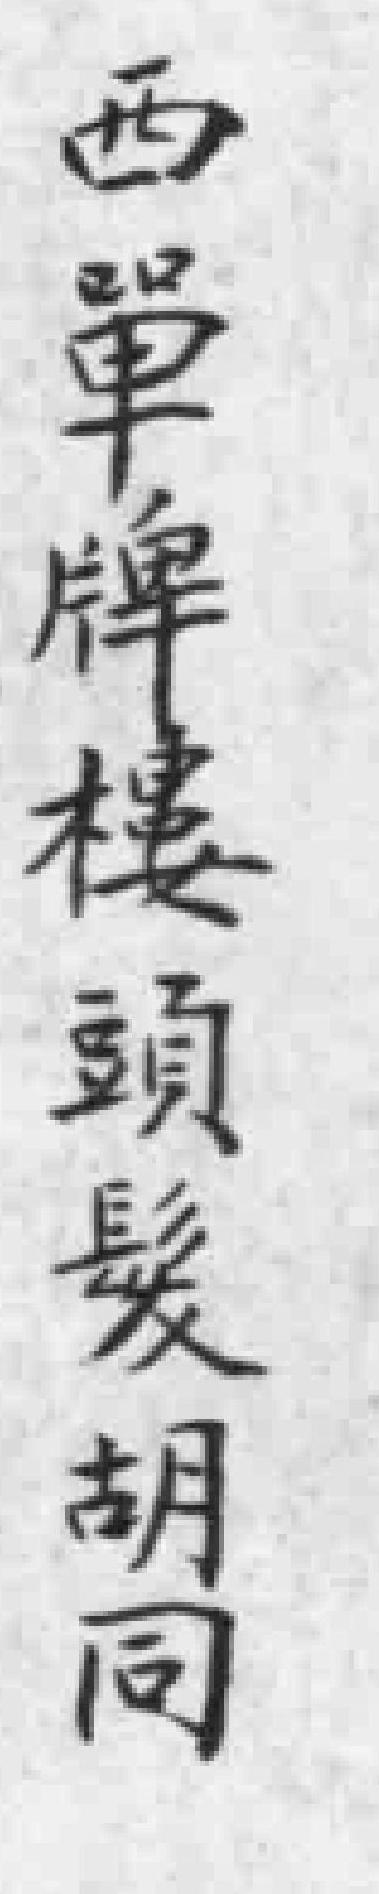
西單牌樓頭髮胡同